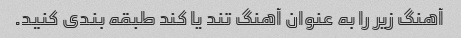
آهنگ زیر را به عنوان آهنگ تند یا کند طبقه بندی کنید.